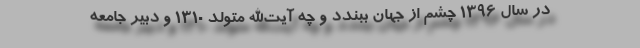
در سال 1396 چشم از جهان ببندد و چه آیت‌الله متولد 1310 و دبیر جامعه